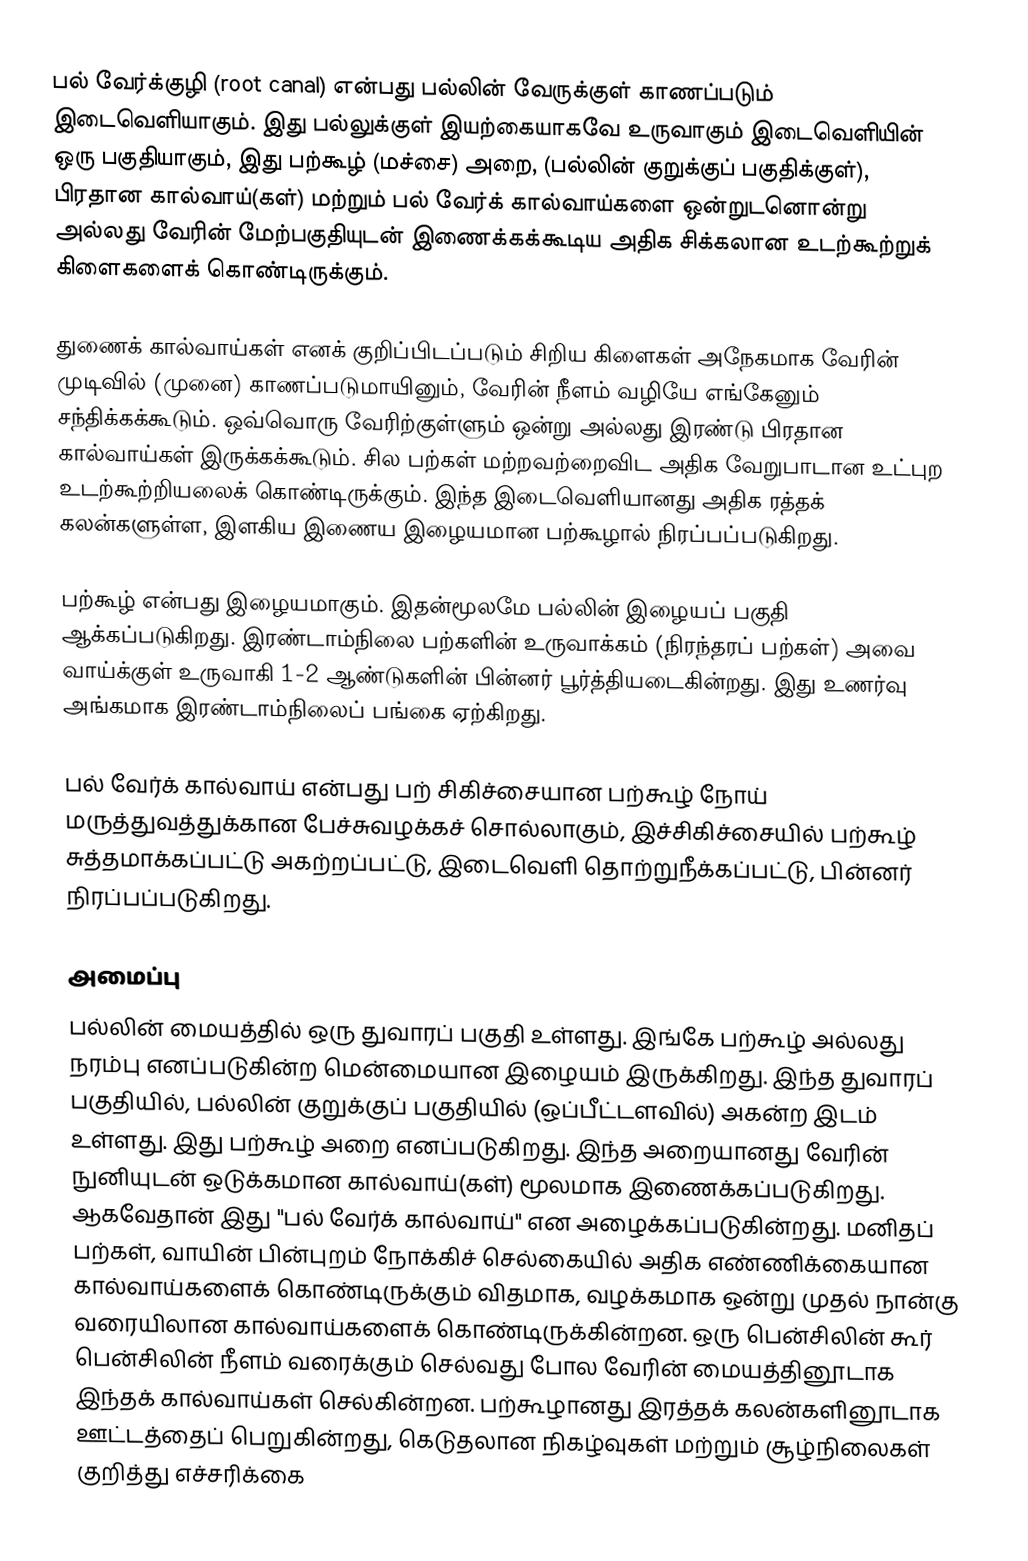
பல் வேர்க்குழி (root canal) என்பது பல்லின் வேருக்குள் காணப்படும் இடைவெளியாகும். இது பல்லுக்குள் இயற்கையாகவே உருவாகும் இடைவெளியின் ஒரு பகுதியாகும், இது பற்கூழ் (மச்சை) அறை, (பல்லின் குறுக்குப் பகுதிக்குள்), பிரதான கால்வாய்(கள்) மற்றும் பல் வேர்க் கால்வாய்களை ஒன்றுடனொன்று அல்லது வேரின் மேற்பகுதியுடன் இணைக்கக்கூடிய அதிக சிக்கலான உடற்கூற்றுக் கிளைகளைக் கொண்டிருக்கும்.

துணைக் கால்வாய்கள் எனக் குறிப்பிடப்படும் சிறிய கிளைகள் அநேகமாக வேரின் முடிவில் (முனை) காணப்படுமாயினும், வேரின் நீளம் வழியே எங்கேனும் சந்திக்கக்கூடும். ஒவ்வொரு வேரிற்குள்ளும் ஒன்று அல்லது இரண்டு பிரதான கால்வாய்கள் இருக்கக்கூடும். சில பற்கள் மற்றவற்றைவிட அதிக வேறுபாடான உட்புற உடற்கூற்றியலைக் கொண்டிருக்கும். இந்த இடைவெளியானது அதிக ரத்தக் கலன்களுள்ள, இளகிய இணைய இழையமான பற்கூழால் நிரப்பப்படுகிறது.

பற்கூழ் என்பது இழையமாகும். இதன்மூலமே பல்லின் இழையப் பகுதி ஆக்கப்படுகிறது. இரண்டாம்நிலை பற்களின் உருவாக்கம் (நிரந்தரப் பற்கள்) அவை வாய்க்குள் உருவாகி 1-2 ஆண்டுகளின் பின்னர் பூர்த்தியடைகின்றது. இது உணர்வு அங்கமாக இரண்டாம்நிலைப் பங்கை ஏற்கிறது.

பல் வேர்க் கால்வாய் என்பது பற் சிகிச்சையான பற்கூழ் நோய் மருத்துவத்துக்கான பேச்சுவழக்கச் சொல்லாகும், இச்சிகிச்சையில் பற்கூழ் சுத்தமாக்கப்பட்டு அகற்றப்பட்டு, இடைவெளி தொற்றுநீக்கப்பட்டு, பின்னர் நிரப்பப்படுகிறது.

அமைப்பு
பல்லின் மையத்தில் ஒரு துவாரப் பகுதி உள்ளது. இங்கே பற்கூழ் அல்லது நரம்பு எனப்படுகின்ற மென்மையான இழையம் இருக்கிறது. இந்த துவாரப் பகுதியில், பல்லின் குறுக்குப் பகுதியில் (ஒப்பீட்டளவில்) அகன்ற இடம் உள்ளது. இது பற்கூழ் அறை எனப்படுகிறது. இந்த அறையானது வேரின் நுனியுடன் ஒடுக்கமான கால்வாய்(கள்) மூலமாக இணைக்கப்படுகிறது. ஆகவேதான் இது "பல் வேர்க் கால்வாய்" என அழைக்கப்படுகின்றது. மனிதப் பற்கள், வாயின் பின்புறம் நோக்கிச் செல்கையில் அதிக எண்ணிக்கையான கால்வாய்களைக் கொண்டிருக்கும் விதமாக, வழக்கமாக ஒன்று முதல் நான்கு வரையிலான கால்வாய்களைக் கொண்டிருக்கின்றன. ஒரு பென்சிலின் கூர் பென்சிலின் நீளம் வரைக்கும் செல்வது போல வேரின் மையத்தினூடாக இந்தக் கால்வாய்கள் செல்கின்றன. பற்கூழானது இரத்தக் கலன்களினூடாக ஊட்டத்தைப் பெறுகின்றது, கெடுதலான நிகழ்வுகள் மற்றும் சூழ்நிலைகள் குறித்து எச்சரிக்கை